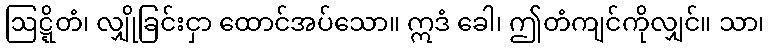
ဩဋ္ဋိတံ၊ လျှိုခြင်းငှာ ထောင်အပ်သော။ ဣဒံ ခေါ၊ ဤတံကျင်ကိုလျှင်။ သာ၊